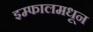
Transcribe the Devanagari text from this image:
इम्फालमधून